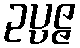
ဥပ္ပဇ္ဇ